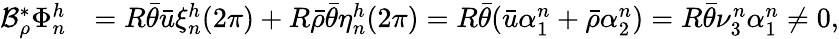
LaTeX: \begin{array}{rl}{\mathcal{B}_{\rho}^{*}\Phi_{n}^{h}}&{=R\bar{\theta}\bar{u}\xi_{n}^{h}(2\pi)+R\bar{\rho}\bar{\theta}\eta_{n}^{h}(2\pi)=R\bar{\theta}(\bar{u}\alpha_{1}^{n}+\bar{\rho}\alpha_{2}^{n})=R\bar{\theta}\nu_{3}^{n}\alpha_{1}^{n}\neq 0,}\end{array}